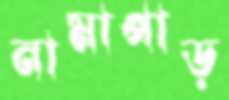
নামাপাড়